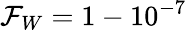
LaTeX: \mathcal{F}_{W}=1-10^{-7}